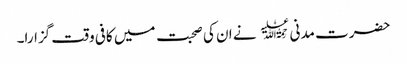
حضرت مدنی ﷫ نے ان کی صحبت میں کافی وقت گزارا۔